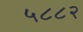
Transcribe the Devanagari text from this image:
५८८२